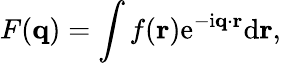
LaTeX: F(\mathbf{q})=\int f(\mathbf{r})\mathrm{e}^{-\mathrm{i}\mathbf{q}\cdot\mathbf{r}}\mathrm{d}\mathbf{r},